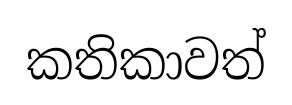
කතිකාවත්